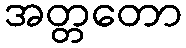
အတ္တတော